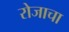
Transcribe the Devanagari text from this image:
रोजाचा